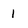
Character: 1